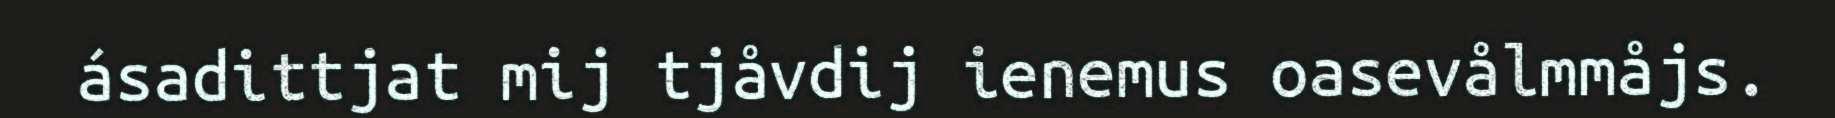
ásadittjat mij tjåvdij ienemus oasevålmmåjs.